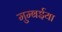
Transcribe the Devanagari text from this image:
मुम्बईया